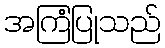
အကြံပြုသည်